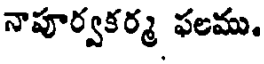
నాపూర్వకర్మ ఫలము.